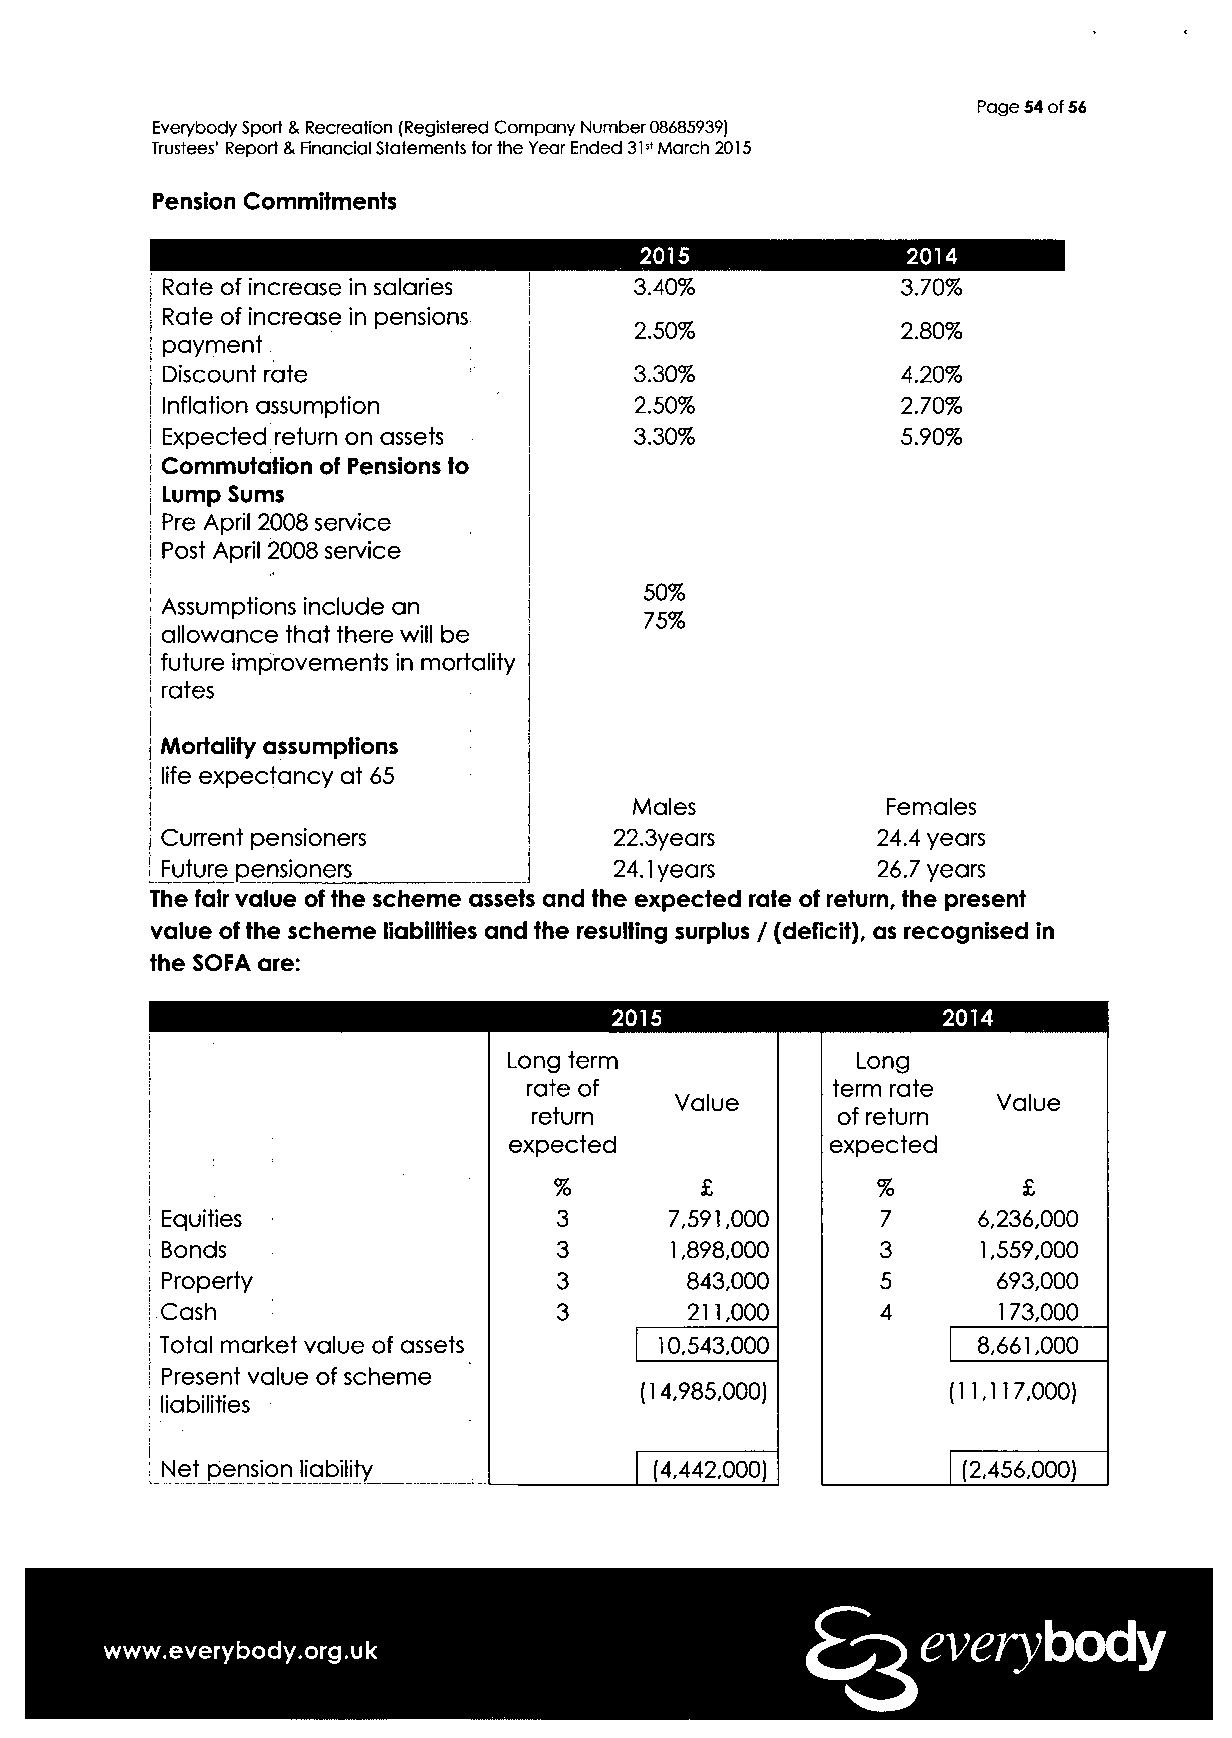
Page 54 of 56
 Everybody Sport & Recreation (Registered Company Number 08685939)
 Trustees' Report & Financial Statements for the Year Ended 31st March 2015
 Pension Commitments
 2015              2014
 I Rate of increase in salaries  3.40%             3.70%
 | Rate of increase in pensions
 2.50%             2.80%
 j payment.
 I Discount rate                 3.30%             4.20%
 | Inflation assumption          2.50%             2.70%
 | Expected return on assets     3.30%             5.90%
 i Commutation of Pensions to
 i Lump Sums
 j Pre April 2008 service
 j Post April 2008 service
 50%
 | Assumptions include an
 75%
 I allowance that there will be
 | future improvements in mortality
 [ rates
 i
 I Mortality assumptions
 | life expectancy at 65
 Males            Females
 Current pensioners            22.3years        24.4 years
 1 Future pensioners            24.1 years       26.7 years
 The fair value of the scheme assets and the expected rate of return, the present
 value of the scheme liabilities and the resulting surplus / (deficit), as recognised in
 the SOFA are:
 2014
 Long term              Long
 rate of             term rate
 Value                Value
 return              of return
 expected             expected
 %                    %         £
 Equities                  3      7,591,000     7      6,236,000
 Bonds                     3      1,898,000     3      1,559,000
 Property                  3       843,000      5       693,000
 Cash                      3       211,000      4       173,000
 Total market value of assets     10,543,000           8,661,000
 Present value of scheme
 (14,985,000)         [11,117,000)
 liabilities
 Net pension liability           (4,442,000)          (2,456,000)
 everybody
 www.everybody.org.uk